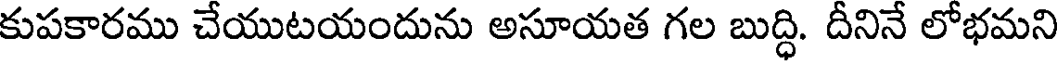
కుపకారము చేయుటయందును అసూయత గల బుద్ధి. దీనినే లోభమని